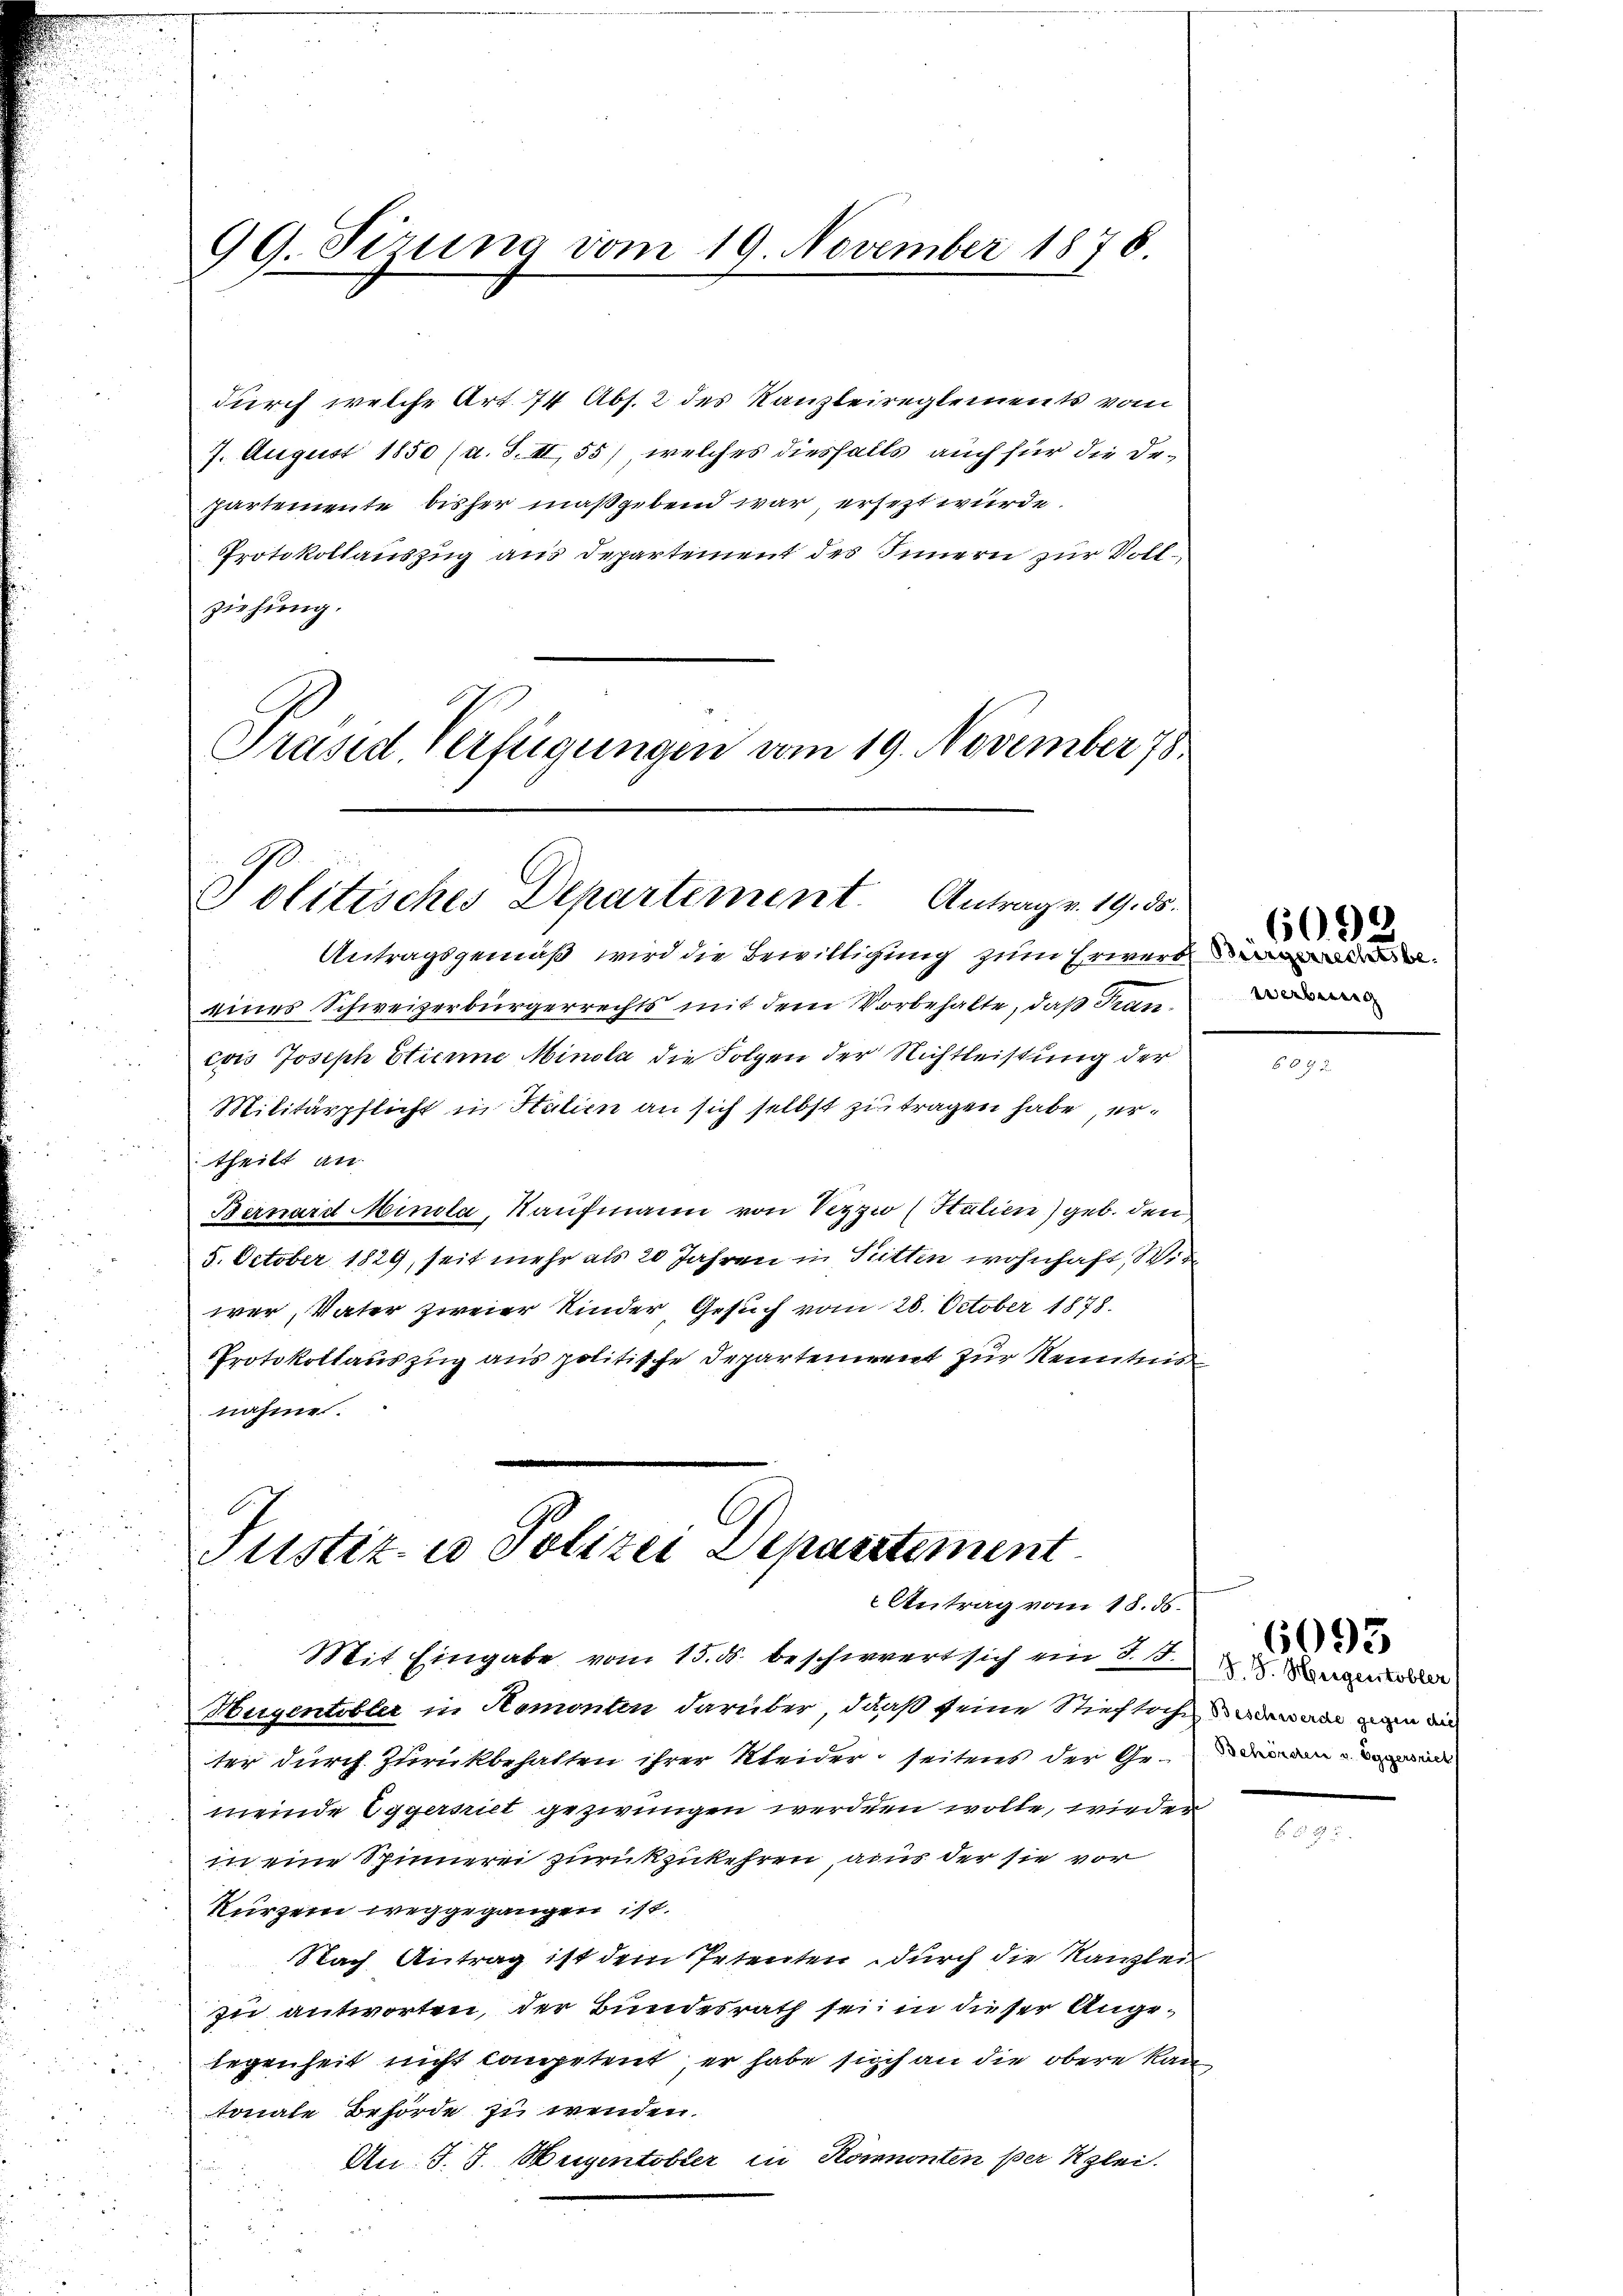
.

99. Sirung vom 19. November 1876.

durch welche Art. 74 Abs. 2 des Kanzleireglements vom
7. August 1850 (a. S. II, 55), welches diesfalls auch für die Departemente bisher maßgebend war, ersezt wurde.
Protokollauszug aus Departement des Innern zur Vollziehung.
Präsid. Verfügungen vom 19. November 78

Politisches Departement. Antrag v. 19. ds.

Justiz- u Polizei Departement
Antrag vom 18. ds.

Antragsgemäß wird die Bewilligung zum Erwerb
eines Schweizerbürgerrechts mit dem Vorbehalte, daß Trancans Joseph Etienne Minola die Folgen der Nichtleistung der
Militärpflicht in Halien an sich selbst zu tragen habe, ertheilt an
Bernard Minola, Kaufmann von Vezzi (Stulien) geb. den
5. October 1829, seit mehr als 20 Jahren in Sitten wohnhaft, Wis
wer, Vater zweier Kinder Gesuch vom 28. October 1878.
Protokollauszug aus politische Departement zur Kenntnis
nahme.

Mit Eingabe vom 15. ds. beschwert sich am 26. 21. Sonne

Hugentobler in Stemonten darüber, daß seine Stieftochen man di
ter durch Zurückbehalten ihrer Kleider seitens der Gren
meinde Eggersriet gezwungen werden wolle, wieder
in eine Spinnerei zurückzukehren, aus der sie vor
Kurzem weggegangen ist.
Nach Antrag ist dem Petenten durch die Kanzlei
zu antworten, der Bundesrath sei, in dieser Angelegenheit nicht conpetent, er habe sich an die obere kan
tonale Behörde zu wenden.
An J. J. Hugentobler in Könnonten per Klei
2

werberig

6093.

50

6093